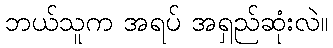
ဘယ်သူက အရပ် အရှည်ဆုံးလဲ။